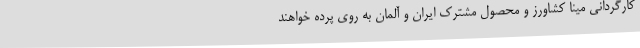
کارگردانی مینا کشاورز و محصول مشترک ایران و آلمان به روی پرده خواهند